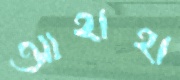
আহাহা